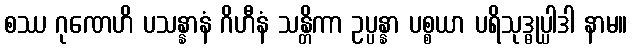
စဿ ဂုဏေဟိ ပသန္နာနံ ဂိဟီနံ သန္တိကာ ဥပ္ပန္နာ ပစ္စယာ ပရိသုဒ္ဓုပ္ပါဒါ နာမ။